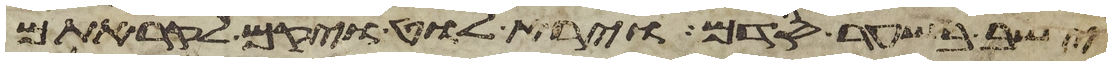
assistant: ישב בשער סדם וירא לוט ויקם לקראתם